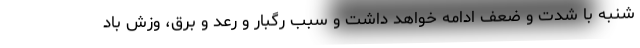
شنبه با شدت و ضعف ادامه خواهد داشت و سبب رگبار و رعد و برق، وزش باد